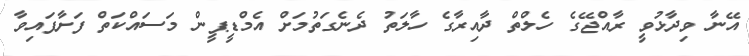
އޭނާ ވިދާޅުވީ ރާއްޖޭގެ ހެލްތް ދާއިރާގެ ހާލަތު ދެނެގަތުމަށް އެމްޑީޕީން މަސައްކަތް ފަށާފައިވާ